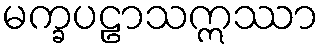
မက္ခပဠာသဣဿာ